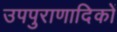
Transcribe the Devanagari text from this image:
उपपुराणादिकों